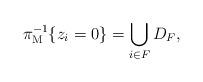
LaTeX: \begin{align*}\pi_\mathrm{M}^{-1} \{z_i=0\}=\bigcup_{i \in F} D_F,\end{align*}